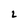
Character: L